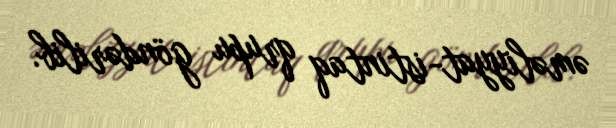
əməliyyat-istintaq qrupu göndərilib.